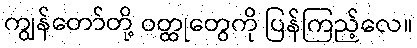
ကျွန်တော်တို့ ဝတ္ထုတွေကို ပြန်ကြည့်လေ။